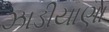
ઝાડીયાણા